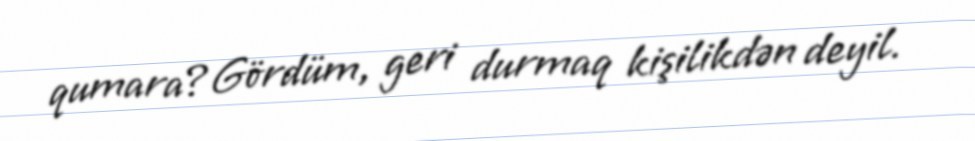
qumara?Gördüm, geri durmaq kişilikdən deyil.